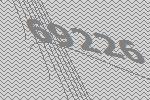
69226